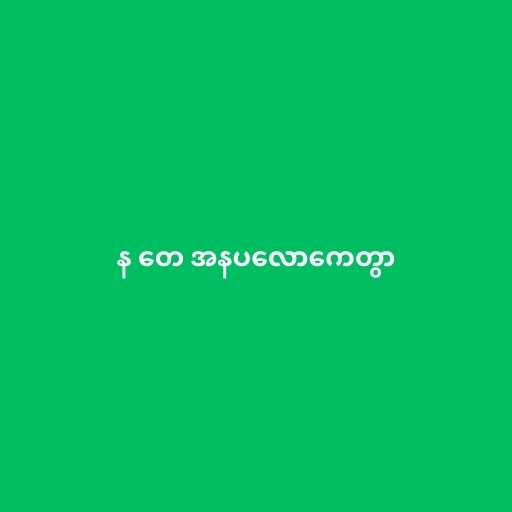
န တေ အနပလောကေတွာ